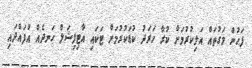
ފަހުން މަގުތައް އަލިކުރުމަށް ކުރާ ހަރަދު ކުޑަކުރުމަށް ޓަކައި އާޓިފިޝަލް ހަނދެއް އުފައްދައި